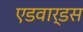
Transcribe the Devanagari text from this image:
एडवार्डस